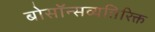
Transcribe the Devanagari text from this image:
बोसॉन्सव्यतिरिक्त